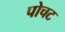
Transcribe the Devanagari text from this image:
पोचट